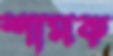
শামক